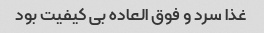
غذا سرد و فوق العاده بی کیفیت بود